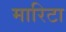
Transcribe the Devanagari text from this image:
मारिटा